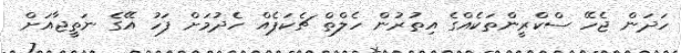
ހަދަން ޖެހޭ ސްކްރީންތަކެއްގެ އިތުރުން ހެލްތް ޗެކަޕެއް ހެދުމަށް ފަހު އޭގެ ނަތީޖާއަށް